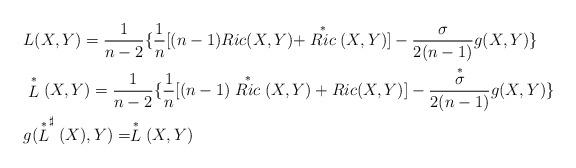
LaTeX: \begin{align*} &L(X,Y)=\frac{1}{n-2}\{\frac{1}{n}[(n-1)Ric(X,Y)+\stackrel{*}{Ric}(X,Y)]-\frac{\sigma}{2(n-1)}g(X,Y)\}\\ &\stackrel{*}{L}(X,Y)=\frac{1}{n-2}\{\frac{1}{n}[(n-1)\stackrel{*}{Ric}(X,Y)+Ric(X,Y)]-\frac{\stackrel{*}\sigma}{2(n-1)}g(X,Y)\}\\ &g(\stackrel{*}{L}^{\sharp}(X),Y)=\stackrel{*}{L}(X,Y)\end{align*}